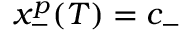
x _ { - } ^ { p } ( T ) = c _ { - }